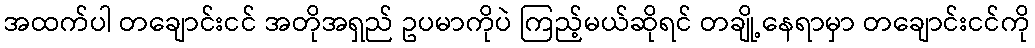
အထက်ပါ တချောင်းငင် အတိုအရှည် ဥပမာကိုပဲ ကြည့်မယ်ဆိုရင် တချို့နေရာမှာ တချောင်းငင်ကို